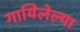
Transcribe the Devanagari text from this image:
गायिलेल्या